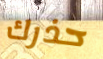
حذرك